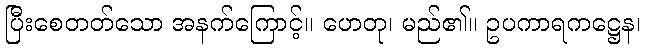
ပြီးစေတတ်သော အနက်ကြောင့်။ ဟေတု၊ မည်၏။ ဥပကာရကဋ္ဌေန၊